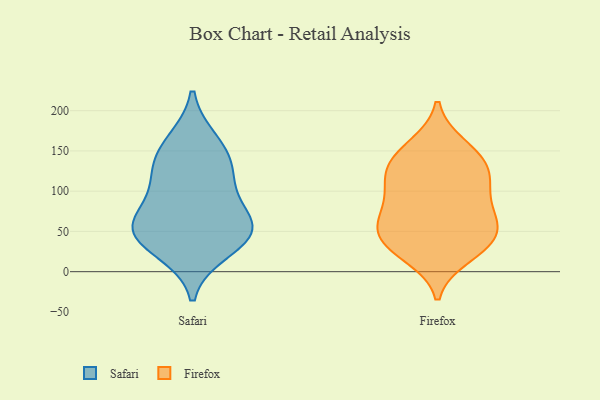
{"axis": {"x": "Latency (ms)", "y": "Value"}, "legend": ["Firefox", "Safari"], "data": [{"x": "", "y": 54, "type": "Safari"}, {"x": "", "y": 78, "type": "Safari"}, {"x": "", "y": 147, "type": "Safari"}, {"x": "", "y": 120, "type": "Safari"}, {"x": "", "y": 27, "type": "Safari"}, {"x": "", "y": 48, "type": "Safari"}, {"x": "", "y": 116, "type": "Safari"}, {"x": "", "y": 161, "type": "Safari"}, {"x": "", "y": 50, "type": "Safari"}, {"x": "", "y": 53, "type": "Safari"}, {"x": "", "y": 52, "type": "Firefox"}, {"x": "", "y": 30, "type": "Firefox"}, {"x": "", "y": 31, "type": "Firefox"}, {"x": "", "y": 57, "type": "Firefox"}, {"x": "", "y": 19, "type": "Firefox"}, {"x": "", "y": 93, "type": "Firefox"}, {"x": "", "y": 69, "type": "Firefox"}, {"x": "", "y": 32, "type": "Firefox"}, {"x": "", "y": 127, "type": "Firefox"}, {"x": "", "y": 62, "type": "Firefox"}, {"x": "", "y": 135, "type": "Firefox"}, {"x": "", "y": 57, "type": "Firefox"}, {"x": "", "y": 102, "type": "Firefox"}, {"x": "", "y": 154, "type": "Firefox"}, {"x": "", "y": 123, "type": "Firefox"}, {"x": "", "y": 157, "type": "Firefox"}, {"x": "", "y": 97, "type": "Firefox"}, {"x": "", "y": 129, "type": "Firefox"}]}